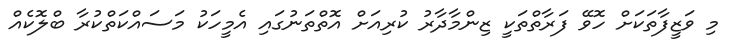
މި ވަޒީފާތަކަށް ހޮވޭ ފަރާތްތަކީ ޒިންމާދާރު ކުރިއަށް އޮތްތަނުގައި އެމީހަކު މަސައްކަތްކުރާ ބްލޮކެއް